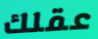
عقلك